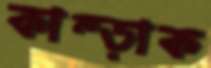
কাম্‌ড়াক